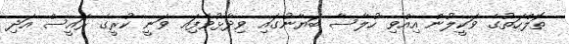
ތޮލްހަތުގެ ވަކީލުން އިއްވި ހުލާސާ ބަޔާނުގައި ވިދާޅުވެފަިއ ވަނީ ކުރީގެ ރައީސް އަދި